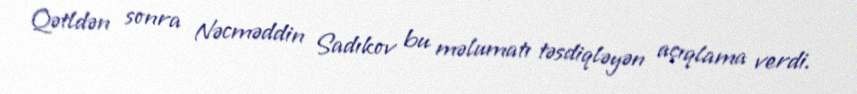
Qətldən sonra Nəcməddin Sadıkov bu məlumatı təsdiqləyən açıqlama verdi.